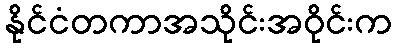
နိုင်ငံတကာအသိုင်းအဝိုင်းက